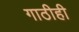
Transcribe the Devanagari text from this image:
गाठीही